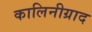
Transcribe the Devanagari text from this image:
कालिनीग्राद